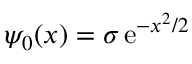
\psi _ { 0 } ( x ) = \sigma \, \ensuremath { \mathrm { e } } ^ { - x ^ { 2 } / 2 }